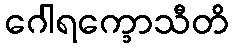
ဂေါရက္ခောသီတိ